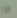
اذا